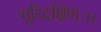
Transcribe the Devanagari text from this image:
भूरिदक्षिणः।।